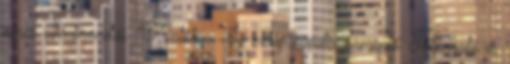
nincs ellentmondás. Ő valóban ízig-vérig negatív szereplő. Talpnyaló és